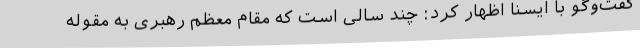
گفت‌وگو با ایسنا اظهار کرد: چند سالی است که مقام معظم رهبری به مقوله